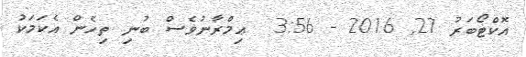
އޮކްޓޯބަރު 27